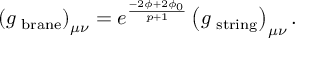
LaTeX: \left( g _ { \mathrm { \scriptsize ~ b r a n e } } \right) _ { \mu \nu } = e ^ { \frac { - 2 \phi + 2 \phi _ { 0 } } { p + 1 } } \left( g _ { \mathrm { \scriptsize ~ s t r i n g } } \right) _ { \mu \nu } .